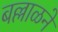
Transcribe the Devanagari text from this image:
बल्लाळने